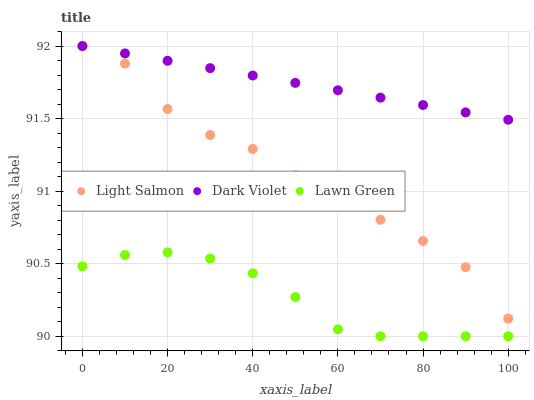
| xaxis_label | Light Salmon | Dark Violet | Lawn Green |
 | --- | --- | --- | --- |
 | 0 | 92 | 92 | 90.5 |
 | 10 | 91.9 | 91.9 | 90.6 |
 | 20 | 91.6 | 91.9 | 90.6 |
 | 30 | 91.4 | 91.8 | 90.5 |
 | 40 | 91.3 | 91.8 | 90.4 |
 | 50 | 91.1 | 91.7 | 90.3 |
 | 60 | 90.9 | 91.7 | 90 |
 | 70 | 90.8 | 91.6 | 90 |
 | 80 | 90.7 | 91.6 | 90 |
 | 90 | 90.5 | 91.5 | 90 |
 | 100 | 90.1 | 91.5 | 90 |